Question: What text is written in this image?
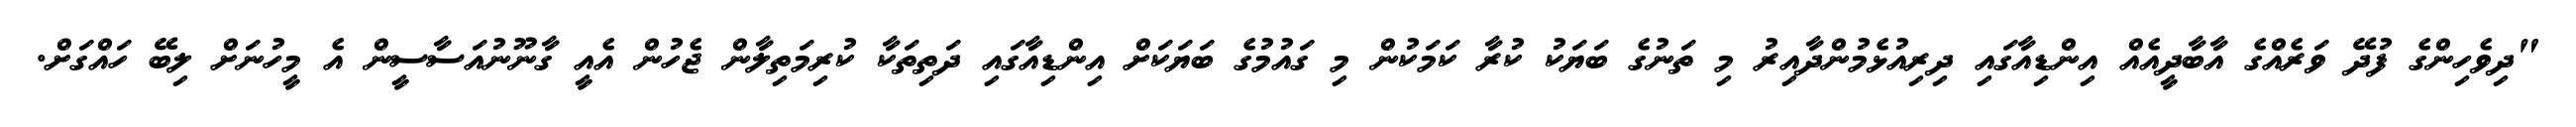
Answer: "ދިވެހިންގެ ފުދޭ ވަރެއްގެ އާބާދީއެއް އިންޑިއާގައި ދިރިއުޅެމުންދާއިރު މި ތަނުގެ ބަޔަކު ކުރާ ކަމަކުން މި ގައުމުގެ ބަޔަކަށް އިންޑިއާގައި ދަތިތަކާ ކުރިމަތިލާން ޖެހުން އެއީ ގާނޫނުއަސާސީން އެ މީހުނަށް ލިބޭ ހައްގަށް.